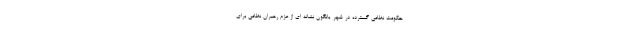
حکومت نظامی گسترده در شهر یانگون نشانه ای از عزم رهبران نظامی برای